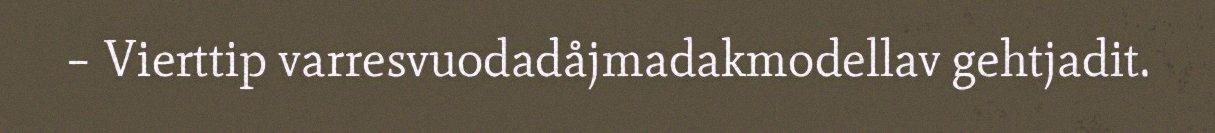
– Vierttip varresvuodadåjmadakmodellav gehtjadit.